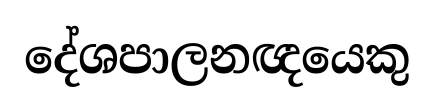
දේශපාලනඥයෙකු